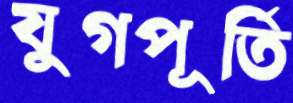
যুগপূর্তি